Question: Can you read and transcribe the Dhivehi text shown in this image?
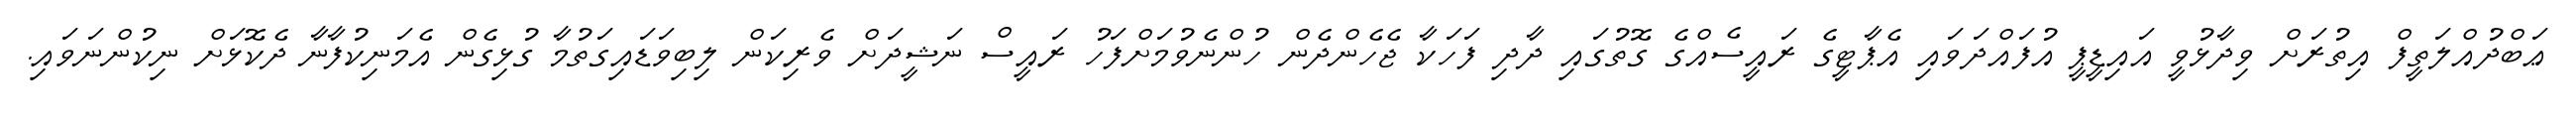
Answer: ޢަބްދުއްލަތީފް އިތުރަށް ވިދާޅުވީ އައިޑީޕީ އުފައްދަވައި އެޕާޓީގެ ރައީސެއްގެ ގޮތުގައި ދާދި ފަހަކާ ޖެހެންދެން ހުންނެވުމަށްފަހު ރައީސް ނަޝީދަށް ވެރިކަން ލިބިވަޑައިގަތުމާ ގުޅިގެން އެމަނިކުފާނާ ދެކޮޅަށް ނިކުންނަވައި.